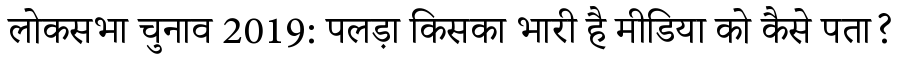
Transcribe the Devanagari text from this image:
लोकसभा चुनाव 2019: पलड़ा किसका भारी है मीडिया को कैसे पता?